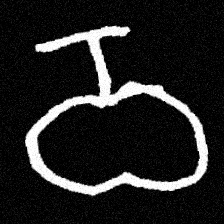
Pyu character \u2014 Myanmar letter: ဝ (romanized: wa)